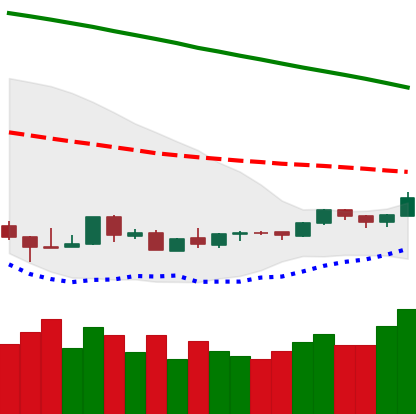
Ticker: LTC-USD
Chart end date: 2018-09-01
Forward return: -12.835%
Label: down_7plus